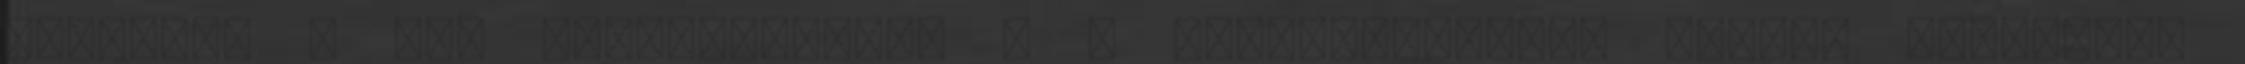
szeretni h ezt megtudhassák. - A megérzéseimet. amiket semmilyen